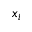
x _ { i }